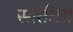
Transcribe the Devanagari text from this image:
सौतीला